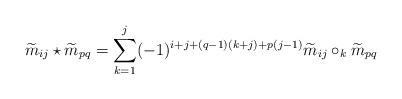
LaTeX: \begin{align*}\widetilde m_{ij} \star \widetilde m_{pq} =\sum\limits_{k=1}^j (-1)^{i+j+(q-1)(k+j)+p(j-1)}\widetilde m_{ij} \circ_k \widetilde m_{pq}\end{align*}